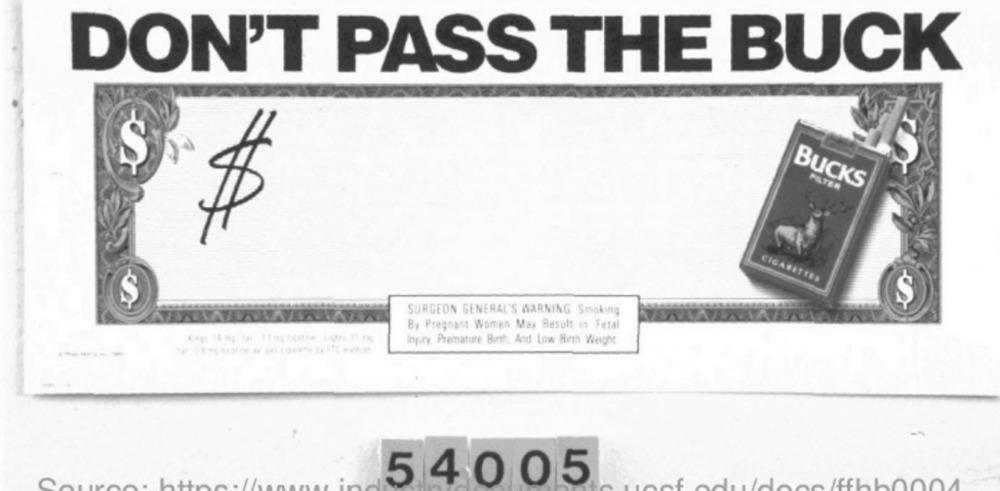
DON'T PASS THE BUCK
BUCKS
PETER
CIGARETTES
SURGEON GENERAL'S WARNING Smoking
By Pregnant Women May Result in Fetal
Inpary. Premature Birth, And Low Birth Weight
-----
54005
of